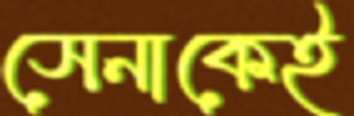
সেনাকেই